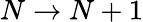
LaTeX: N\to N+1